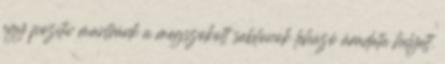
egy pozitív mantránk a megszokott sablonok lehúzó áradata helyett.